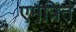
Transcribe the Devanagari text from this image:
एमत्रित